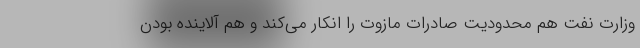
وزارت نفت هم محدودیت صادرات مازوت را انکار می‌کند و هم آلاینده بودن